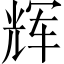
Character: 辉